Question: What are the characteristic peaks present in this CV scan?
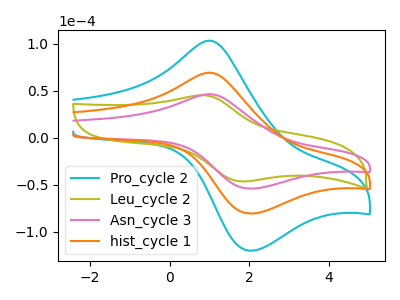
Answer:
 <answer>The cyan curve "Pro_cycle 2" has an anodic peak at (1.05V, 138.65uA) and a cathodic peak at (2.00V, -160.95uA). The olive curve "Leu_cycle 2" has an anodic peak at (0.85V, 45.35uA) and a cathodic peak at (1.90V, -46.25uA). The pink curve "Asn_cycle 3" has an anodic peak at (1.05V, 46.50uA) and a cathodic peak at (2.00V, -53.95uA). The orange curve "hist_cycle 1" has an anodic peak at (1.05V, 69.30uA) and a cathodic peak at (2.00V, -80.45uA).</answer>
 <eval></eval>